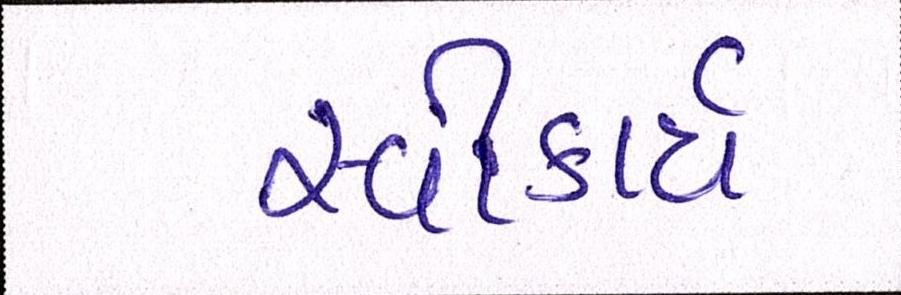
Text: સ્વીકાર્ય